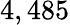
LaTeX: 4,485